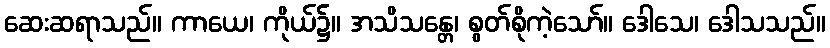
ဆေးဆရာသည်။ ကာယေ၊ ကိုယ်၌။ အသိသန္တေ၊ စွတ်စိုကဲ့သော်။ ဒေါသေ၊ ဒေါသသည်။